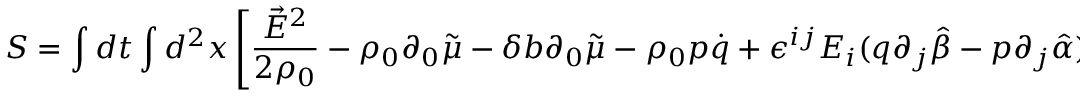
S = \int d t \int d ^ { 2 } x \left[ \frac { \vec { E } ^ { 2 } } { 2 \rho _ { 0 } } - \rho _ { 0 } \partial _ { 0 } \tilde { \mu } - \delta b \partial _ { 0 } \tilde { \mu } - \rho _ { 0 } p \dot { q } + \epsilon ^ { i j } E _ { i } ( q \partial _ { j } \hat { \beta } - p \partial _ { j } \hat { \alpha } ) \right] .